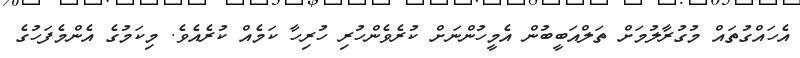
އެހައްގުތައް މުގުރާލުމަށް ތަލްއަބީބުން އެމީހުންނަށް ކުރެވެންހުރި ހުރިހާ ކަމެއް ކުރެއެވެ. މިކަމުގެ އެންމެފަހުގެ